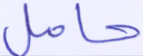
حامل